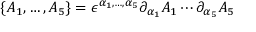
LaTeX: \{ A _ { 1 } , \dots , A _ { 5 } \} = \epsilon ^ { \alpha _ { 1 } , \dots , \alpha _ { 5 } } \partial _ { \alpha _ { 1 } } A _ { 1 } \cdots \partial _ { \alpha _ { 5 } } A _ { 5 }